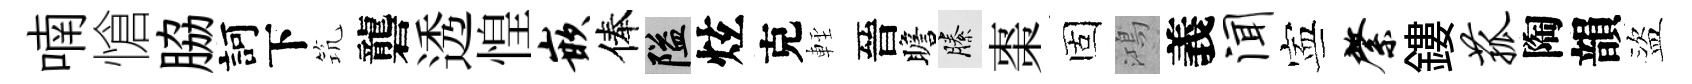
喃愴脇訶下𥬑礱透惶嵌俸隘炫克䡖晉瞻縢棗固鴻義闻寕綮鏤菰陶韻盜